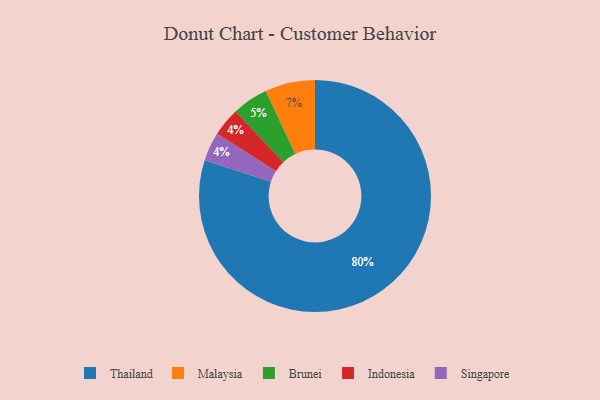
{"axis": {"x": "Category", "y": "Percentage"}, "legend": ["Brunei", "Indonesia", "Malaysia", "Singapore", "Thailand"], "data": [{"x": "Thailand", "y": 80, "type": "Thailand"}, {"x": "Malaysia", "y": 7, "type": "Malaysia"}, {"x": "Indonesia", "y": 4, "type": "Indonesia"}, {"x": "Singapore", "y": 4, "type": "Singapore"}, {"x": "Brunei", "y": 5, "type": "Brunei"}]}